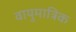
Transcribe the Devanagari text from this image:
वायुमात्रिक